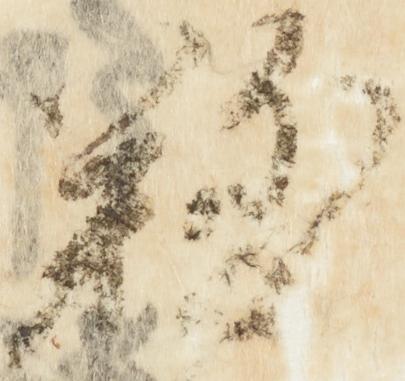
難